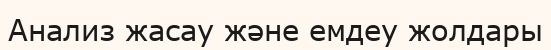
Анализ жасау және емдеу жолдары